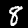
Label: 8